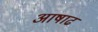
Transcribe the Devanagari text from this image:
अाषाढ